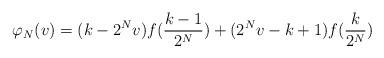
LaTeX: \begin{align*}\varphi_{N}(v)=(k-2^{N}v)f(\frac{k-1}{2^{N}})+(2^{N}v-k+1)f(\frac{k}{2^{N}})\end{align*}